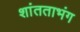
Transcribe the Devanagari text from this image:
शांतताभंग